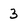
Character: 3